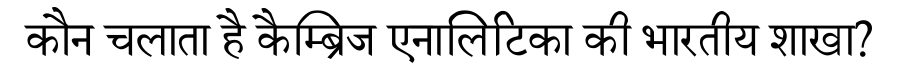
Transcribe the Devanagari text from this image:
कौन चलाता है कैम्ब्रिज एनालिटिका की भारतीय शाखा?